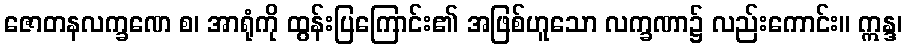
ဇောတနလက္ခဏေ စ၊ အာရုံကို ထွန်းပြကြောင်း၏ အဖြစ်ဟူသော လက္ခဏာ၌ လည်းကောင်း။ ဣန္ဒ၊